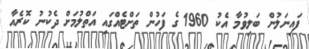
ފައިނަލުން ބަލިވުމާ އެކު 1960 ގެ ފަހުން ތަށްޓެއްގައި އަތްލުމަށް ދެކުނު ކޮރެއާ